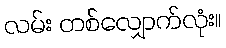
လမ်း တစ်လျှောက်လုံး။